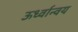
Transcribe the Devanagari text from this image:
ऊर्ध्वान्वय